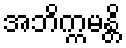
အဘိက္ကမန္တိ